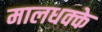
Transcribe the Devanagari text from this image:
मालधक्के